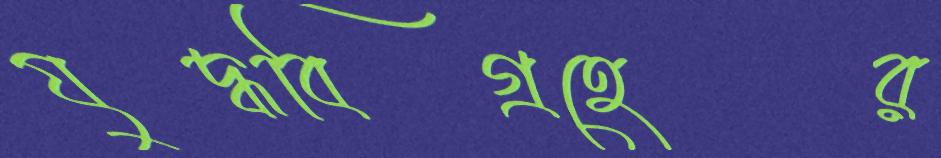
যুদ্ধবিগ্রহের